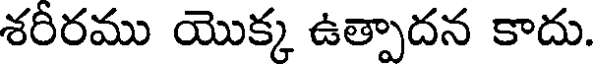
శరీరము యొక్క ఉత్పాదన కాదు.